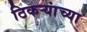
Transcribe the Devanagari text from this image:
ठिकऱ्यांच्या